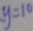
y = 1 0